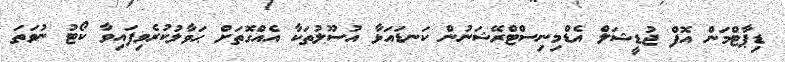
ޑިޕާޓްމަން އޮފް ޖުޑީޝަލް އެޑްމިނިސްޓްރޭޝަނުން ކަނޑައަޅާ އުސޫލުތަކާ އެއްގޮތަށް ޙަވާލުކުރެވިފައިވާ ކޯޓު ނުވަތަ